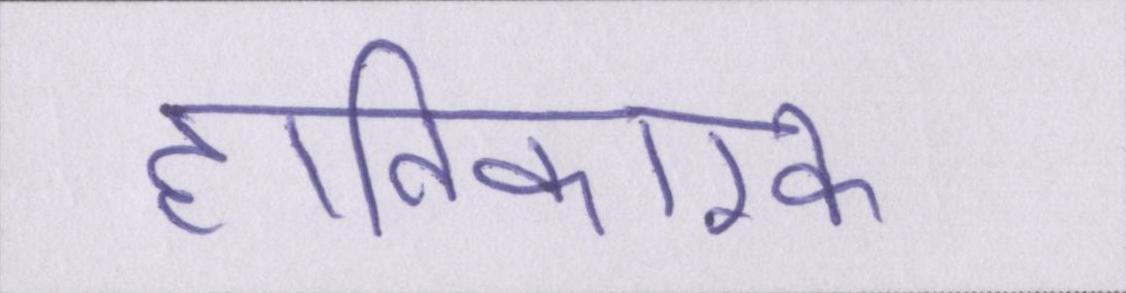
हानिकारक